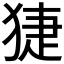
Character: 𤟃